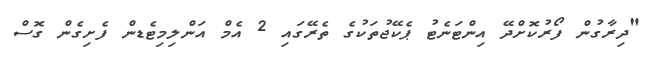
"ދިރާގުން ފޯރުކޮށްދޭ އިންޓަނެޓު ޕެކޭޖުތަކުގެ ތެރޭގައި 2 އެމް އަންލިމިޓެޑން ފެށިގެން ގޮސް